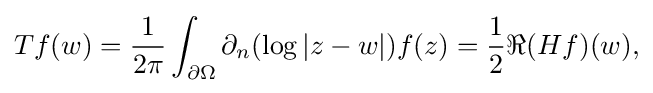
\displaystyle {Tf(w)={1 \over 2\pi }\int _{\partial \Omega }\partial _{n}(\log |z-w|)f(z)={1 \over 2}\Re (Hf)(w),}